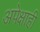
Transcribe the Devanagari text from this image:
अपेक्षाही